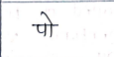
मजकूर: पो